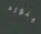
لينورد